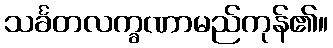
သင်္ခတလက္ခဏာမည်ကုန်၏။